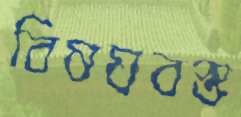
বিষয়বস্ত